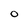
Character: O